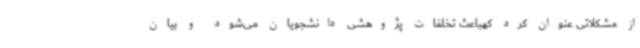
از مشکلاتی عنوان کرد کهباعث تخلفات پژوهشی دانشجویان می‌شود و بیان